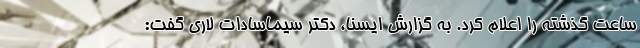
ساعت گذشته را اعلام کرد. به گزارش ایسنا، دکتر سیماسادات لاری گفت: